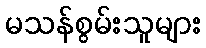
မသန်စွမ်းသူများ